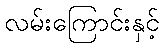
လမ်းကြောင်းနှင့်